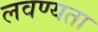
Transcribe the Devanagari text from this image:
लवण्यता